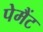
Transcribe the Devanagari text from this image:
पेमैंट